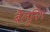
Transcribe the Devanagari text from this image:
बैलूनिंग